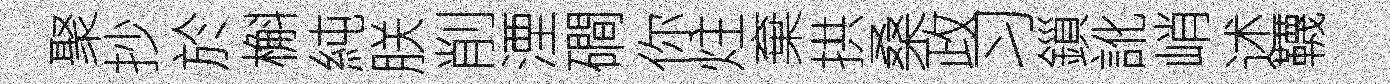
聚抄於槲純朕削湮磵你炷棄拱桑政习鎻訛峭述韈